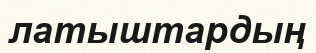
латыштардың